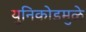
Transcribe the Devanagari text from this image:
युनिकोडमुळे